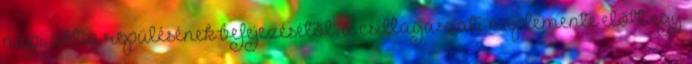
napi aktív repülésének befejezésétõl, a csillagászati naplemente elõtt egy